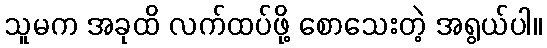
သူမက အခုထိ လက်ထပ်ဖို့ စောသေးတဲ့ အရွယ်ပါ။